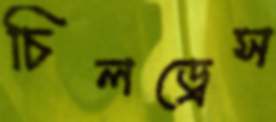
চিলড্রেস